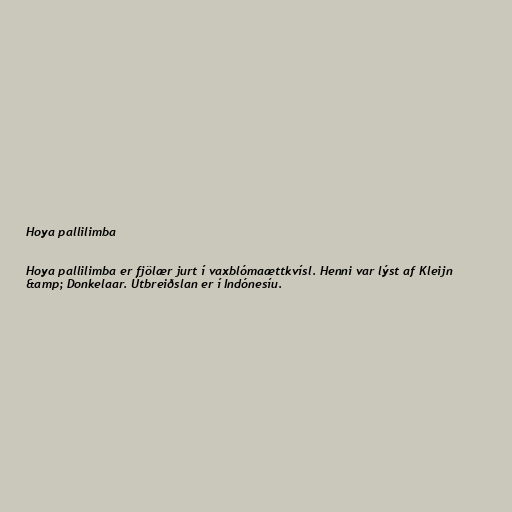
Hoya pallilimba

Hoya pallilimba er fjölær jurt í vaxblómaættkvísl. Henni var lýst af Kleijn
&amp; Donkelaar. Útbreiðslan er í Indónesíu.